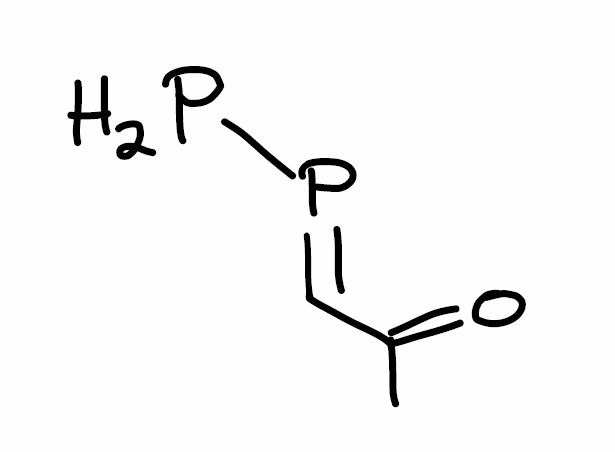
Simplified molecular-input line-entry system (SMILES) notation of the given molecule:
CC(=O)C=PP